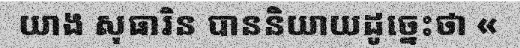
យាង សុធារិន បាននិយាយដូច្នេះថា «